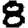
Digit: 8